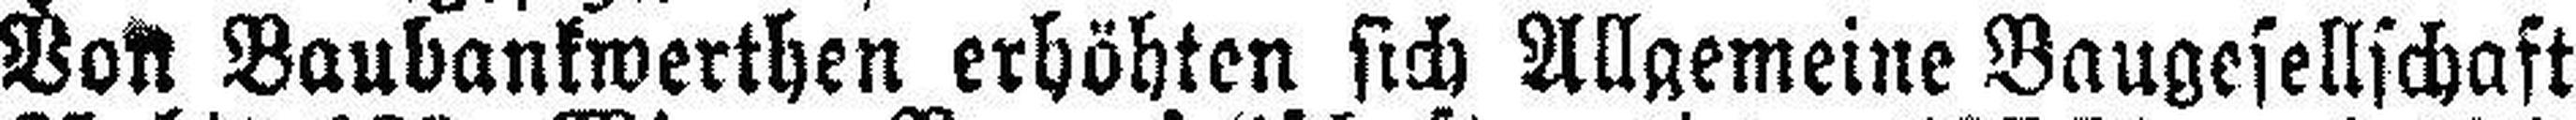
Von Baubankwerthen erhöhten sich Allgemeine Baugesellschaft